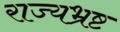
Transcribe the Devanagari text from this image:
राज्यभ्रष्ट